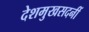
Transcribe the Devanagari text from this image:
देशमुखसदनीं